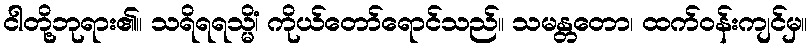
ငါတို့ဘုရား၏။ သရိရရသ္မိံ၊ ကိုယ်တော်ရောင်သည်။ သမန္တတော၊ ထက်ဝန်းကျင်မှ။